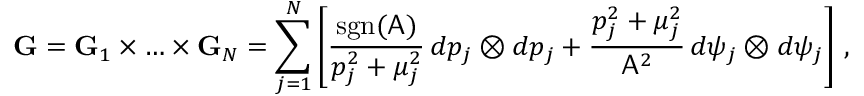
\mathbf { G } = \mathbf { G } _ { 1 } \times \hdots \times \mathbf { G } _ { N } = \sum _ { j = 1 } ^ { N } \left[ \frac { \mathrm { s g n } ( \mathsf { A } ) } { p _ { j } ^ { 2 } + \mu _ { j } ^ { 2 } } \, d p _ { j } \otimes d p _ { j } + \frac { p _ { j } ^ { 2 } + \mu _ { j } ^ { 2 } } { \mathsf { A } ^ { 2 } } \, d \psi _ { j } \otimes d \psi _ { j } \right] \, ,